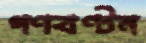
গণবণ্টন